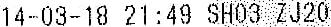
14-03-18 21:49 SH03 ZJ20